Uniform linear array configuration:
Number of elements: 48
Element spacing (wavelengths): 1
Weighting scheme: hamming
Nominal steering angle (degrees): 60
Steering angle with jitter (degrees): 59.47
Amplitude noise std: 0.05
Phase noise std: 0.05

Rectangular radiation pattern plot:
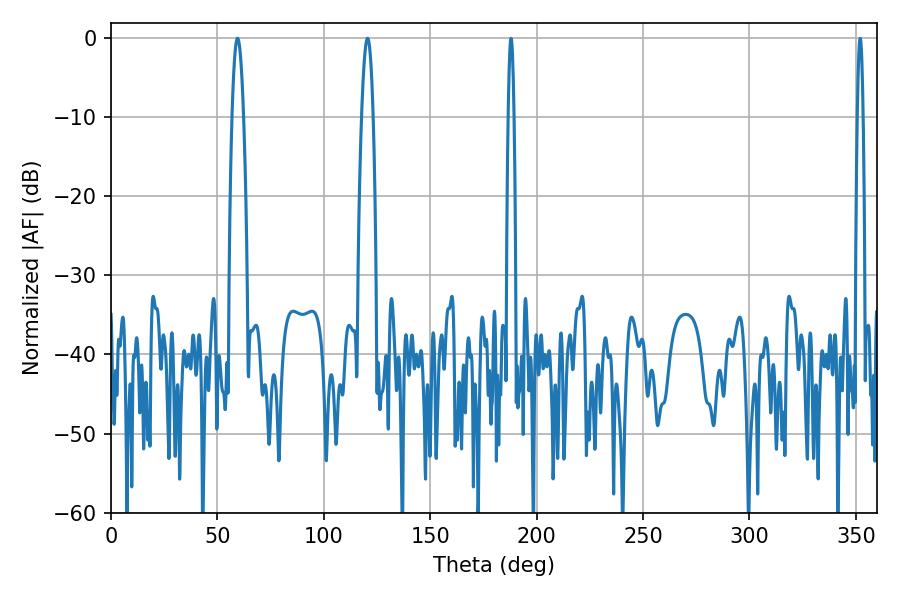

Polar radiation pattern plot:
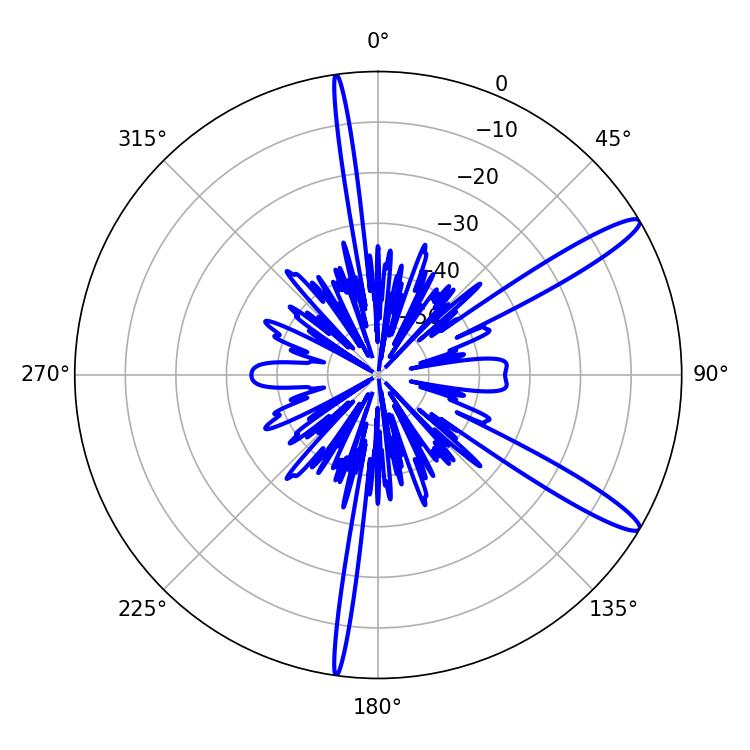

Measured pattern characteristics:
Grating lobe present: TRUE
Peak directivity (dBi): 13.477
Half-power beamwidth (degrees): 3.06
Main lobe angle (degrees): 59.4